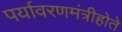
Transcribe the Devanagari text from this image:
पर्यावरणमंत्रीहोते